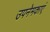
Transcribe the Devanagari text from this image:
उपनेमकाएं